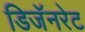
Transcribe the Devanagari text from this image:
डिजॅनरेट